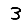
Digit: 3